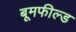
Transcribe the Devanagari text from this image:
बूमफील्ड